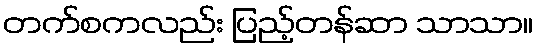
တက်စကလည်း ပြည့်တန်ဆာ သာသာ။